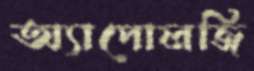
অ্যাপোলজি